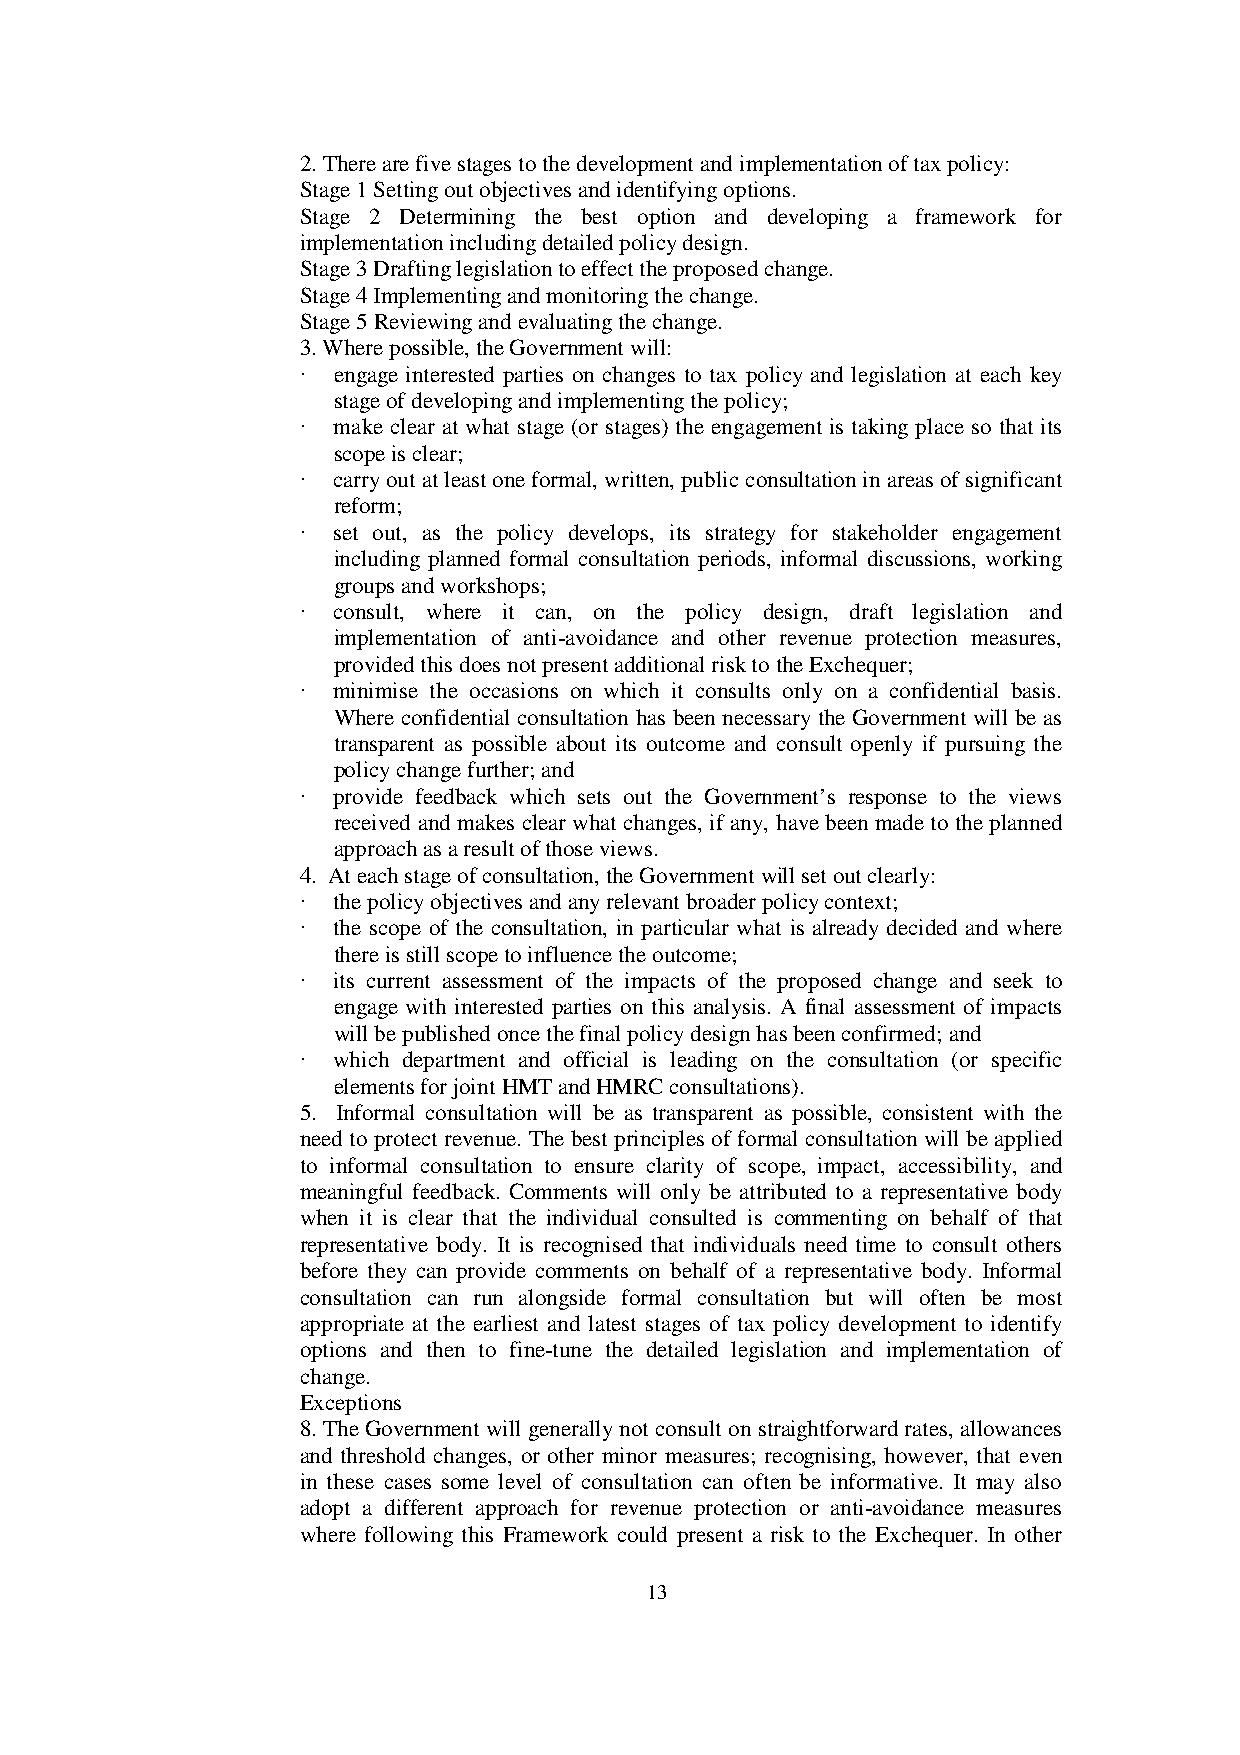
2. There are five stages to the development and implementation of tax policy:
 Stage 1 Setting out objectives and identifying options.
 Stage 2 Determining the best option and developing a framework for
 implementation including detailed policy design.
 Stage 3 Drafting legislation to effect the proposed change.
 Stage 4 Implementing and monitoring the change.
 Stage 5 Reviewing and evaluating the change.
 3. Where possible, the Government will:
 · engage interested parties on changes to tax policy and legislation at each key
 stage of developing and implementing the policy;
 · make clear at what stage (or stages) the engagement is taking place so that its
 scope is clear;
 · carry out at least one formal, written, public consultation in areas of significant
 reform;
 · set out, as the policy develops, its strategy for stakeholder engagement
 including planned formal consultation periods, informal discussions, working
 groups and workshops;
 · consult, where it can, on the policy design, draft legislation and
 implementation of anti-avoidance and other revenue protection measures,
 provided this does not present additional risk to the Exchequer;
 · minimise the occasions on which it consults only on a confidential basis.
 Where confidential consultation has been necessary the Government will be as
 transparent as possible about its outcome and consult openly if pursuing the
 policy change further; and
 · provide feedback which sets out the Government’s response to the views
 received and makes clear what changes, if any, have been made to the planned
 approach as a result of those views.
 4. At each stage of consultation, the Government will set out clearly:
 · the policy objectives and any relevant broader policy context;
 · the scope of the consultation, in particular what is already decided and where
 there is still scope to influence the outcome;
 · its current assessment of the impacts of the proposed change and seek to
 engage with interested parties on this analysis. A final assessment of impacts
 will be published once the final policy design has been confirmed; and
 · which department and official is leading on the consultation (or specific
 elements for joint HMT and HMRC consultations).
 5. Informal consultation will be as transparent as possible, consistent with the
 need to protect revenue. The best principles of formal consultation will be applied
 to informal consultation to ensure clarity of scope, impact, accessibility, and
 meaningful feedback. Comments will only be attributed to a representative body
 when it is clear that the individual consulted is commenting on behalf of that
 representative body. It is recognised that individuals need time to consult others
 before they can provide comments on behalf of a representative body. Informal
 consultation can run alongside formal consultation but will often be most
 appropriate at the earliest and latest stages of tax policy development to identify
 options and then to fine-tune the detailed legislation and implementation of
 change.
 Exceptions
 8. The Government will generally not consult on straightforward rates, allowances
 and threshold changes, or other minor measures; recognising, however, that even
 in these cases some level of consultation can often be informative. It may also
 adopt a different approach for revenue protection or anti-avoidance measures
 where following this Framework could present a risk to the Exchequer. In other
 13